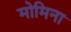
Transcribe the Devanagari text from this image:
मोमिना